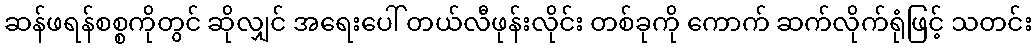
ဆန်ဖရန်စစ္စကိုတွင် ဆိုလျှင် အရေးပေါ် တယ်လီဖုန်းလိုင်း တစ်ခုကို ကောက် ဆက်လိုက်ရုံဖြင့် သတင်း